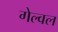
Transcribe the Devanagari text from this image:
गेल्वल